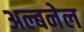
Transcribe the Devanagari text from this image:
अल्बनेल